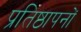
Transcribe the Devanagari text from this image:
प्रतिष्ठापनों